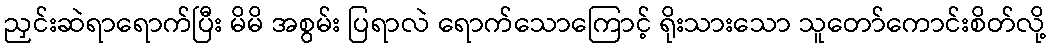
ညှင်းဆဲရာရောက်ပြီး မိမိ အစွမ်း ပြရာလဲ ရောက်သောကြောင့် ရိုးသားသော သူတော်ကောင်းစိတ်လို့